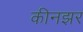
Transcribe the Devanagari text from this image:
कीनझर